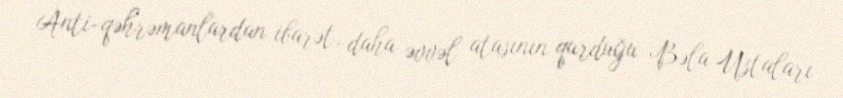
Anti-qəhrəmanlardan ibarət, daha əvvəl atasının qurduğu Bəla Ustaları